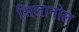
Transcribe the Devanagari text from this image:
सिलानोल